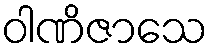
ဝါဏိဇာသေ